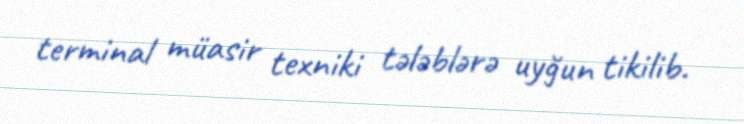
terminal müasir texniki tələblərə uyğun tikilib.